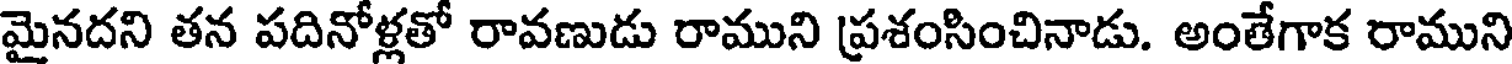
మైనదని తన పదినోళ్లతో రావణుడు రాముని ప్రశంసించినాడు. అంతేగాక రాముని